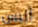
أليس